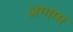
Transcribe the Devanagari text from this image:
अग्गम्म